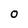
Character: 0